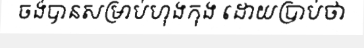
ចង់បានសម្រាប់ហុងកុង ដោយប្រាប់ថា